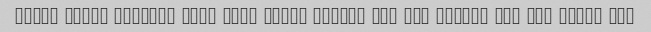
Salad mesle hamishe aali bood Super burger ham bad nabood Dar kol khoob bod